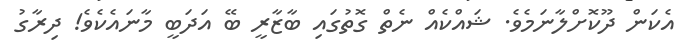
އެކަން ދޫކޮށްލާނަމެވެ. ޝައްކެއް ނެތް ގޮތުގައި ބާޒާރީ ބޭ އަދަބީ މާނައެކެވެ! ދިރާގު